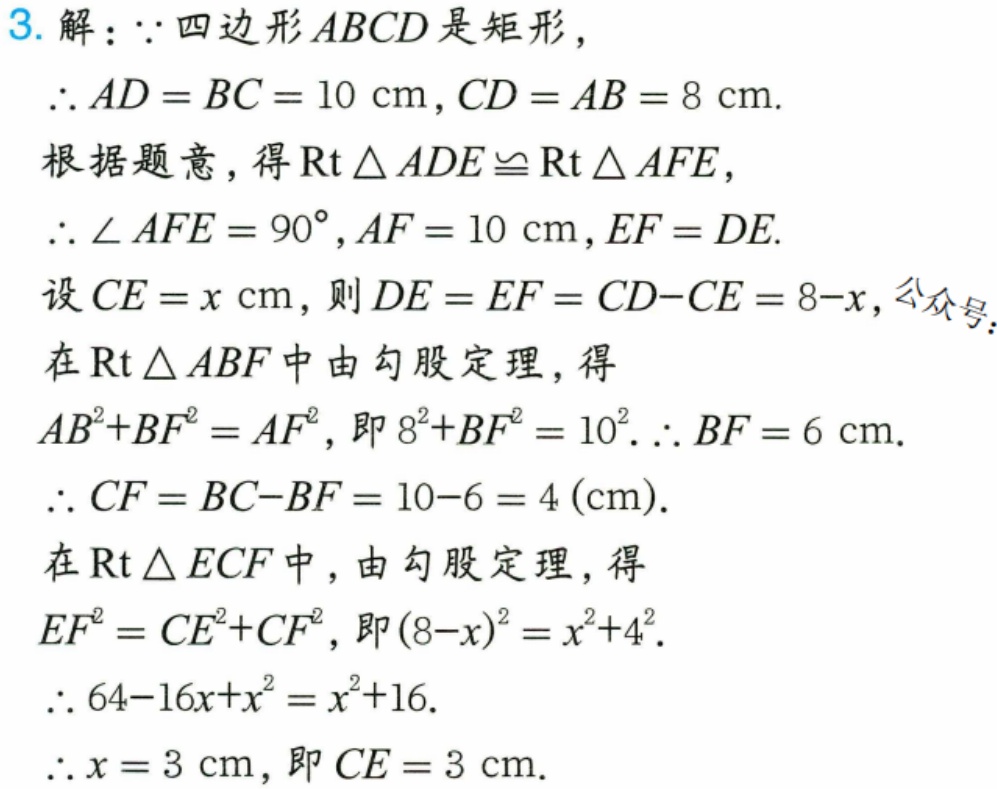
3. 解：$\because$四边形$ABCD$是矩形，
$\therefore AD = BC = 10\mathrm{cm},CD = AB = 8\mathrm{cm}$.
根据题意，得$\text{Rt}\triangle ADE\cong\text{Rt}\triangle AFE$，
$\therefore\angle AFE = 90^{\circ},AF = 10\mathrm{cm},EF = DE$.
设$CE = x\mathrm{cm}$，则$DE = EF = CD - CE = 8 - x$，
在$\text{Rt}\triangle ABF$中由勾股定理，得
$AB^{2}+BF^{2}=AF^{2}$，即$8^{2}+BF^{2}=10^{2}$.$\therefore BF = 6\mathrm{cm}$.
$\therefore CF = BC - BF = 10 - 6 = 4(\mathrm{cm})$.
在$\text{Rt}\triangle ECF$中，由勾股定理，得
$EF^{2}=CE^{2}+CF^{2}$，即$(8 - x)^{2}=x^{2}+4^{2}$.
$\therefore 64 - 16x+x^{2}=x^{2}+16$.
$\therefore x = 3\mathrm{cm}$，即$CE = 3\mathrm{cm}$.